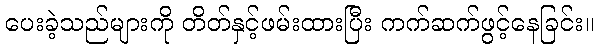
ပေးခဲ့သည်များကို တိတ်နှင့်ဖမ်းထားပြီး ကက်ဆက်ဖွင့်နေခြင်း။